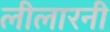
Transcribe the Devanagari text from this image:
लीलारनी